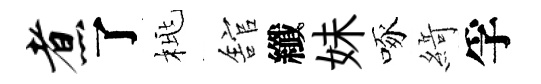
煮了桃舘纖妹啄𦂶孚